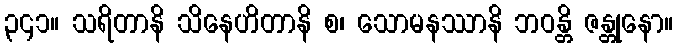
၃၄၁။ သရိတာနိ သိနေဟိတာနိ စ၊ သောမနဿာနိ ဘဝန္တိ ဇန္တုနော။